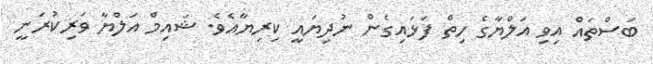
ބަސްތައް އިވި އަލްޔާގެ ހިތް ފަޅައިގެން ނުދިޔައީ ކިރިޔާއެވެ. ޝައިމް އަލްޔާ ވަރިކުރަނީ